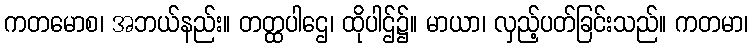
ကတမောစ၊ အဘယ်နည်း။ တတ္ထပါဌေ၊ ထိုပါဌ်၌။ မာယာ၊ လှည့်ပတ်ခြင်းသည်။ ကတမာ၊